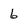
Character: 6